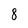
Character: 8